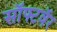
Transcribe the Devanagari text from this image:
सॉफ्टवॅर